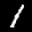
Label: 1